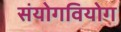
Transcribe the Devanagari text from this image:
संयोगवियोग